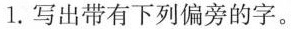
1.写出带有下列偏旁的字。